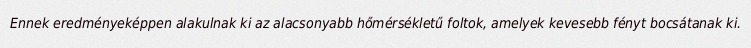
Ennek eredményeképpen alakulnak ki az alacsonyabb hőmérsékletű foltok, amelyek kevesebb fényt bocsátanak ki.